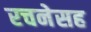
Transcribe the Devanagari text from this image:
रचनेसह